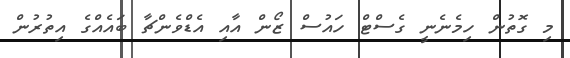
މި ގޮތުން ހިމެނެނީ ގެސްޓް ހައުސް ޒޯން އާއި އެޑްވެންޗާ ބައެއްގެ އިތުރުން